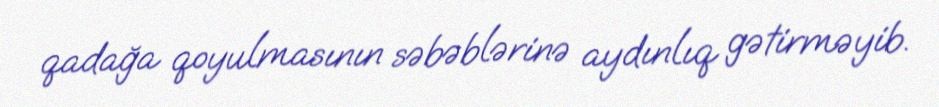
qadağa qoyulmasının səbəblərinə aydınlıq gətirməyib.